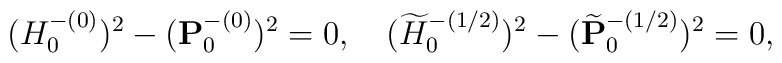
(H^{-(0)}_0)^{2}-({\bf P}^{-(0)}_0)^{2}=0,\quad(\widetilde{H}^{-(1/2)}_0)^{2}-(\widetilde{\bf P}^{-(1/2)}_0)^{2}=0,